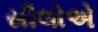
સીલોએ